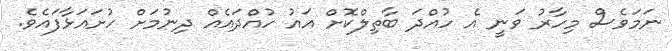
ނަމަވެސް މިހާރު ވަނީ އެ ހުއްދަ ބާތިލްކޮށް އައު ހުއްދައެއް ދިނުމަށް ހުށައަޅާފައެވެ.